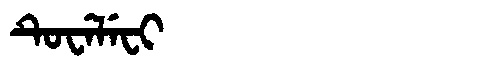
Manchu: ᡨᡠᠸᡝᠯᡝᠸᡳ
Romanization: TUWELEFI